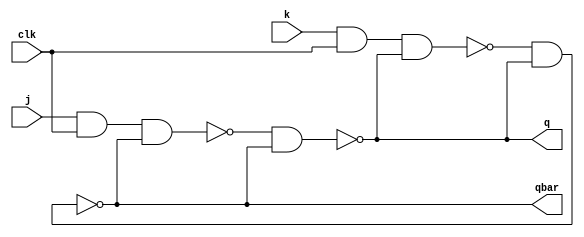
// A jk flip-flop which is pulse-triggered can be set, reset and toggled.
// This has a race condition when clock is high.

module jk_flip_flop_gate (
    input       clk,        // Clock
    input       j,          // Inputs
    input       k,          // 
    output      q,          // Output
    output      qbar);      //

    // INTERNAL WIRES
    wire        s, r;
  
    // NAND3
    nand (s, j, clk, qbar);

    // NAND4
    nand (r, k, clk, q);

    // SR- LATCH -------------------------------------
    
    // NAND1
    nand (q, s, qbar);

    // NAND2
    nand (qbar, r, q);

endmodule

module jk_flip_flop_dataflow (
    input       clk,        // Clock
    input       j,          // Inputs
    input       k,          // 
    output      q,          // Output
    output      qbar);      //

    // INTERNAL WIRES
    wire        s, r;
  
    // NAND3
    assign s = ~(j & clk & qbar);

    // NAND4
    assign r = ~(k & clk & q);

    // SR- LATCH -------------------------------------
    
    // NAND1
    assign q = ~(s & qbar);

    // NAND2
    assign qbar = ~(r & q);

endmodule

module jk_flip_flop_behavioral (
    input       clk,        // Clock
    input       j,          // Inputs
    input       k,          // 
    output reg  q,          // Output
    output      qbar);      //

    // INTERNAL WIRES
    assign qbar = ~q;

    always @(posedge clk) begin
        case({j,k})
            2'b0_0 : q <= q;
            2'b0_1 : q <= 1'b0;
            2'b1_0 : q <= 1'b1;
            2'b1_1 : q <= ~q;
        endcase
    end

endmodule